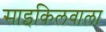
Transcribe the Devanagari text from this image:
साइकिलवाला